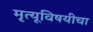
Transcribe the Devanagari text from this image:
मृत्यूविषयीचा